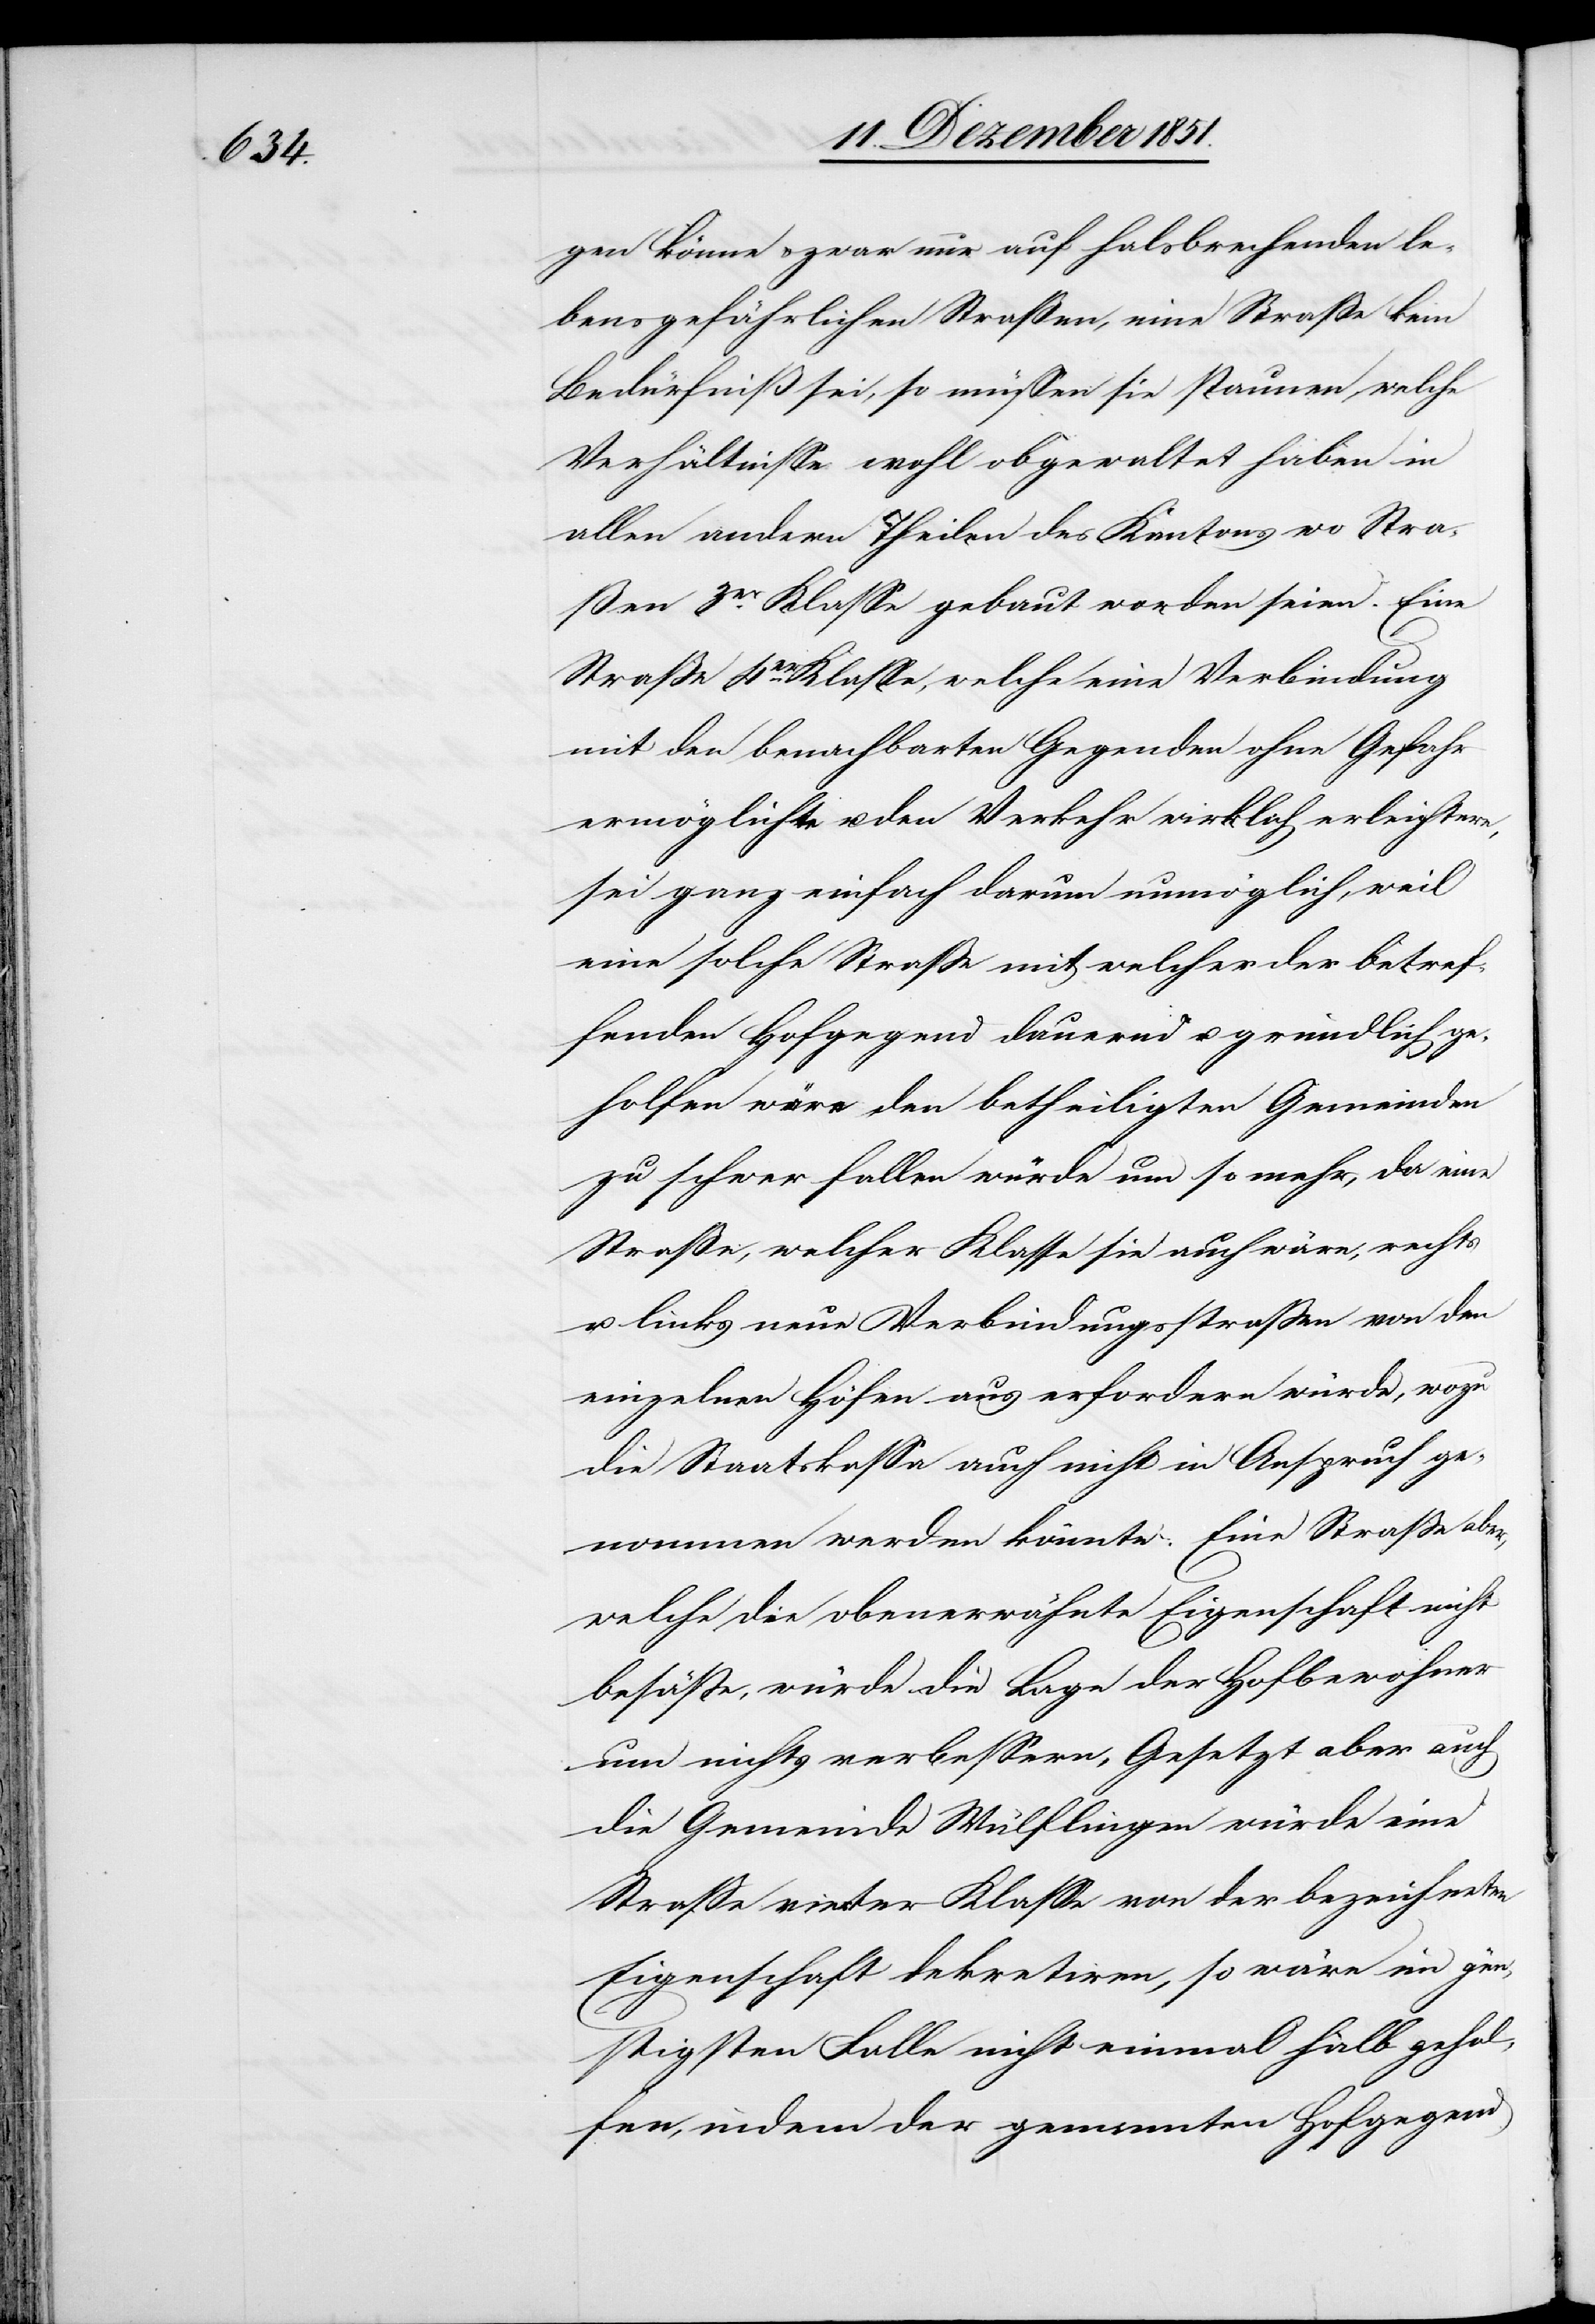
gen könne & zwar nur auf halsbrechenden le¬
bensgefährlichen Straßen, eine Straße kein
Bedürfniß sei, so müssen sie staunen, welche
Verhältnisse wohl obgewaltet haben in
allen andern Theilen des Kantons wo Stra¬
ßen 3er. Klasse gebaut worden seien. Eine
Straße 4er. Klasse, welche eine Verbindung
mit den benachbarten Gegenden ohne Gefahr
ermöglichte u. den Verkehr wirklich erleichtere,
sei ganz einfach darum unmöglich, weil
eine solche Straße mit welcher der betref¬
fenden Hofgegend dauernd u. gründlich ge¬
holfen wäre den betheiligten Gemeinden
zu schwer fallen würde um so mehr, da eine
Straße, welcher Klasse sie auch wäre, rechts
u. links neue Verbindungsstraßen von den
einzelnen Höfen aus erfordern würde, wozu
die Staatskassa auch nicht in Anspruch ge¬
nommen werden könnte. Eine Straße aber,
welche die obenerwähnte Eigenschaft nicht
besäße, würde die Lage der Hofbewohner
um nichts verbessern, Gesetzt aber auch
die Gemeinde Wülflingen würde eine
Straße vierter Klasse von der bezeichneten
Eigenschaft dekretiren, so wäre im gün¬
stigsten Falle nicht einmal halb gehol¬
fen, indem der genannten Hofgegend